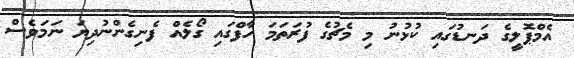
އެމްޕޮލީގެ ދަނޑުގައި ކުޅުނު މި މެޗުގެ ފުރަތަމަ ހާފްގައި ގޯލެއް ފެނިގެންނުދިޔަ ނަމަވެސް